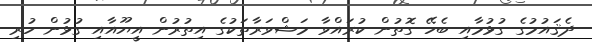
ދެޤައުމުގެ ގުޅުމާއި ބެހޭ ގޮތުން ކުރައްވާ މަޝްވަރާތަކުގެ އިތުރުން އީޔޫއާއި ގުޅުން ހުރި